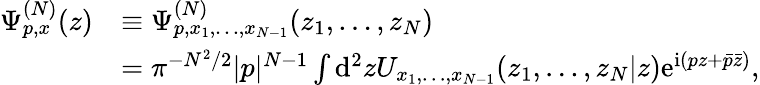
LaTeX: \begin{array}{rl}{\Psi_{p,x}^{(N)}(z)}&{\equiv\Psi_{p,x_{1},\dots,x_{N-1}}^{(N)}(z_{1},\dots,z_{N})}\\ &{=\pi^{-N^{2}/2}|p|^{N-1}\int\mathrm{d}^{2}zU_{x_{1},\dots,x_{N-1}}(z_{1},\dots,z_{N}|z)\mathrm{e}^{\mathrm{i}(pz+\bar{p}\bar{z})},}\end{array}